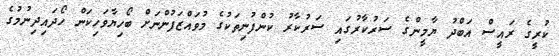
ކުރީގެ ރައީސް އަބްދު ޔާމީންގެ ސަރުކާރުގައި ސަރުކާރު ކުންފުނިތަކުގެ މުވައްޒަފުންނަށް ބޯހިޔާވަހިކަން ހޯދައިދިނުމުގެ